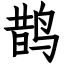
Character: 鹊